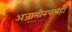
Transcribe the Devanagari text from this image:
अजामीनपात्रही